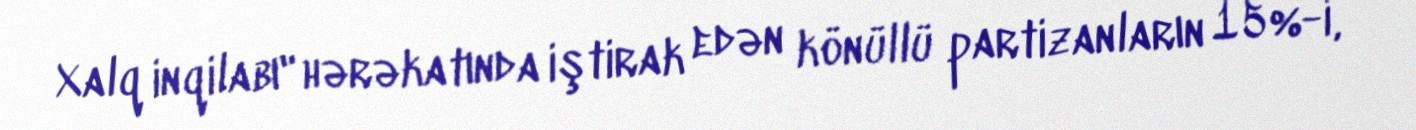
Xalq inqilabı" hərəkatında iştirak edən könüllü partizanların 15%-i,